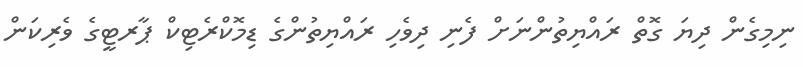
ނިމިގެން ދިޔަ ގޮތް ރައްޔިތުންނަށް ފެނި ދިވެހި ރައްޔިތުންގެ ޑިމޮކްރެޓިކް ޕާރޓީގެ ވެރިކަން